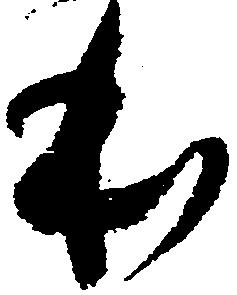
本